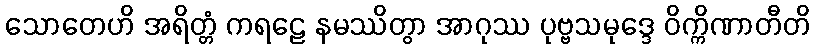
သောတေဟိ အရိတ္တံ ကရဠေ နမဿိတွာ အာဂုဿ ပုဗ္ဗသမုဒ္ဒေ ဝိက္ကိဏာတီတိ